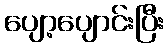
ပျော့ပျောင်းပြီး